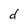
Character: d